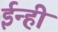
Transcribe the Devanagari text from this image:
ईन्ही